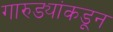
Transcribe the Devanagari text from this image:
गारुड्यांकडून